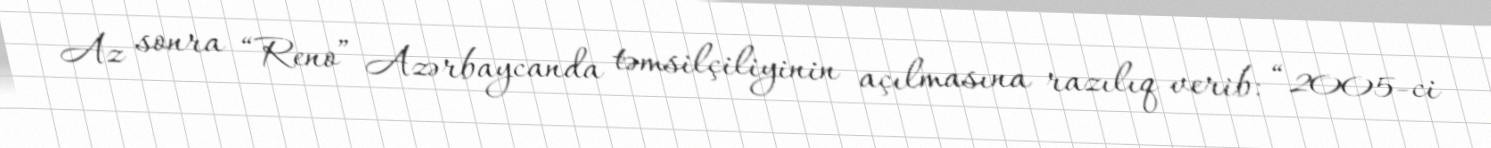
Az sonra “Reno” Azərbaycanda təmsilçiliyinin açılmasına razılıq verib: “2005-ci